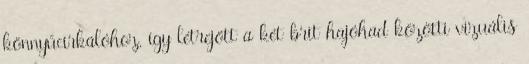
könnyűcirkálóhoz, így létrejött a két brit hajóhad közötti vizuális